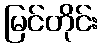
မြင်တိုင်း